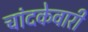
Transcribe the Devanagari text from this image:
चांदकेवारी